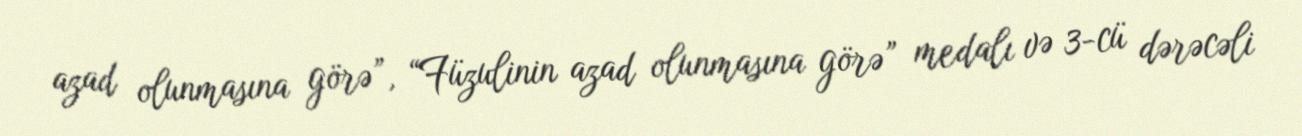
azad olunmasına görə”, “Füzulinin azad olunmasına görə” medalı və 3-cü dərəcəli